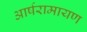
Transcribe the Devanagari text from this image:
आर्षरामायण